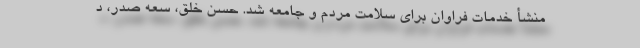
منشأ خدمات فراوان برای سلامت مردم و جامعه شد. حسن خلق، سعه صدر، د